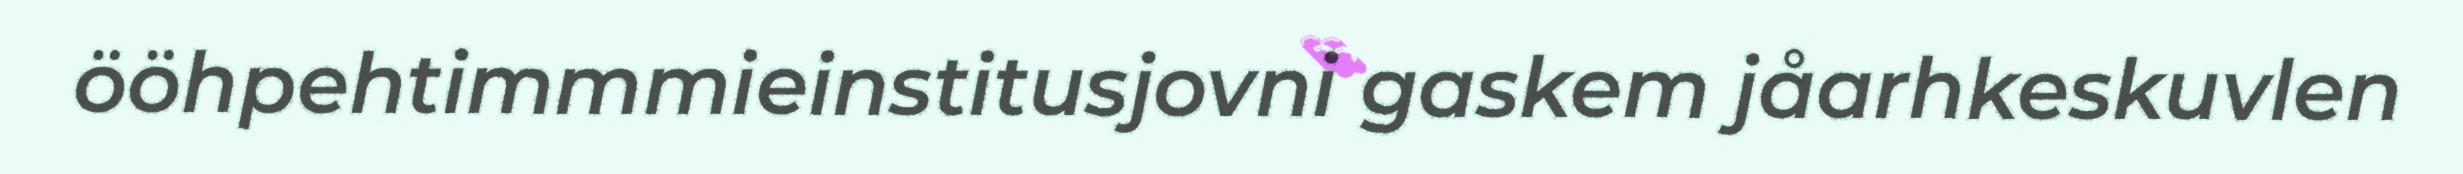
ööhpehtimmmieinstitusjovni gaskem jåarhkeskuvlen